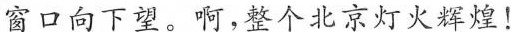
窗口向下望。啊，整个北京灯火辉煌！